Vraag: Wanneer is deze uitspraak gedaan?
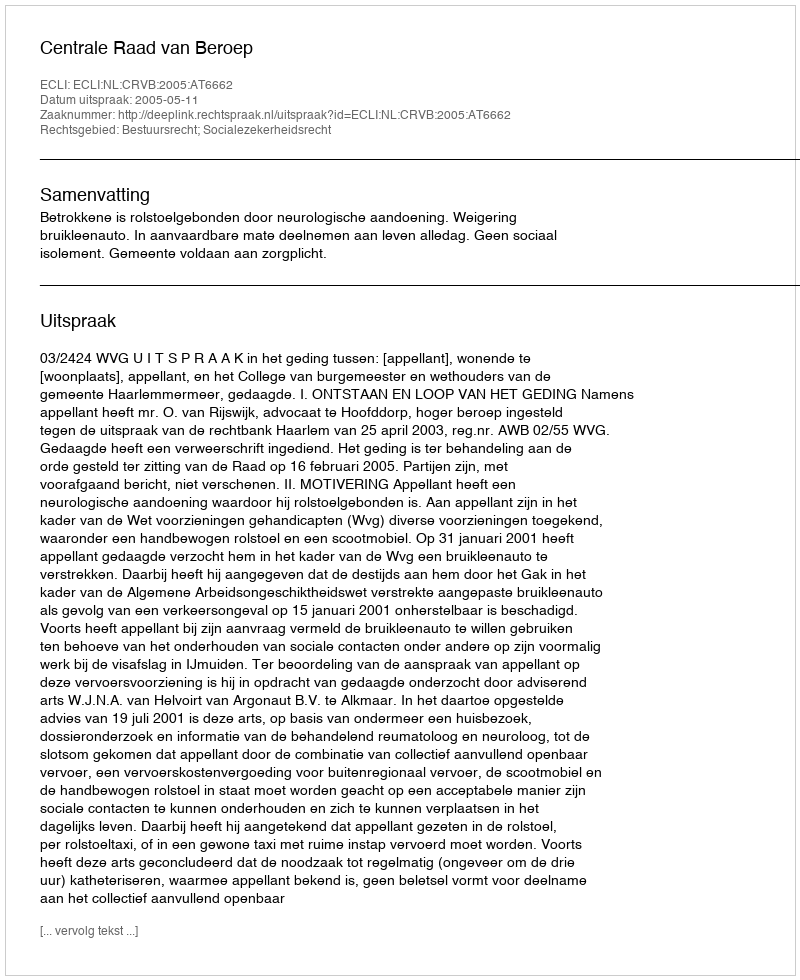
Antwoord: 2005-05-11